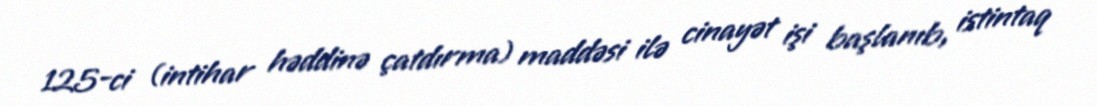
125-ci (intihar həddinə çatdırma) maddəsi ilə cinayət işi başlanıb, istintaq